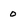
Character: 0